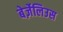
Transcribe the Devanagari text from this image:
बेर्ज़ेलिउस